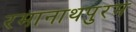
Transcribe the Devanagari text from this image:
रमानाथपुरम